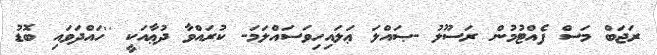
ރަޖަބް މަސް ފެއްޓުމުން ރަސޫލު -ޞައްލަ ޢަލައިހިވަސައްލަމަ- ކުރައްވާ ދުޢާއަކީ ''ހައްދަވައި ބޮޑު